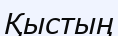
Қыстың